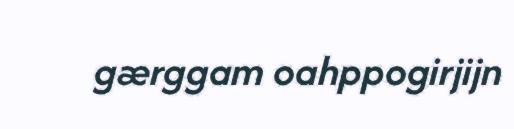
gærggam oahppogirjijn